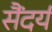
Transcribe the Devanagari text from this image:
सैंदर्य